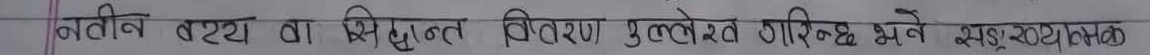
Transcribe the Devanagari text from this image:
नवीन तथ्य वा सिद्धान्त विवरण मुख्यतर गरिन्छ भने सङ्ग रचनात्मक